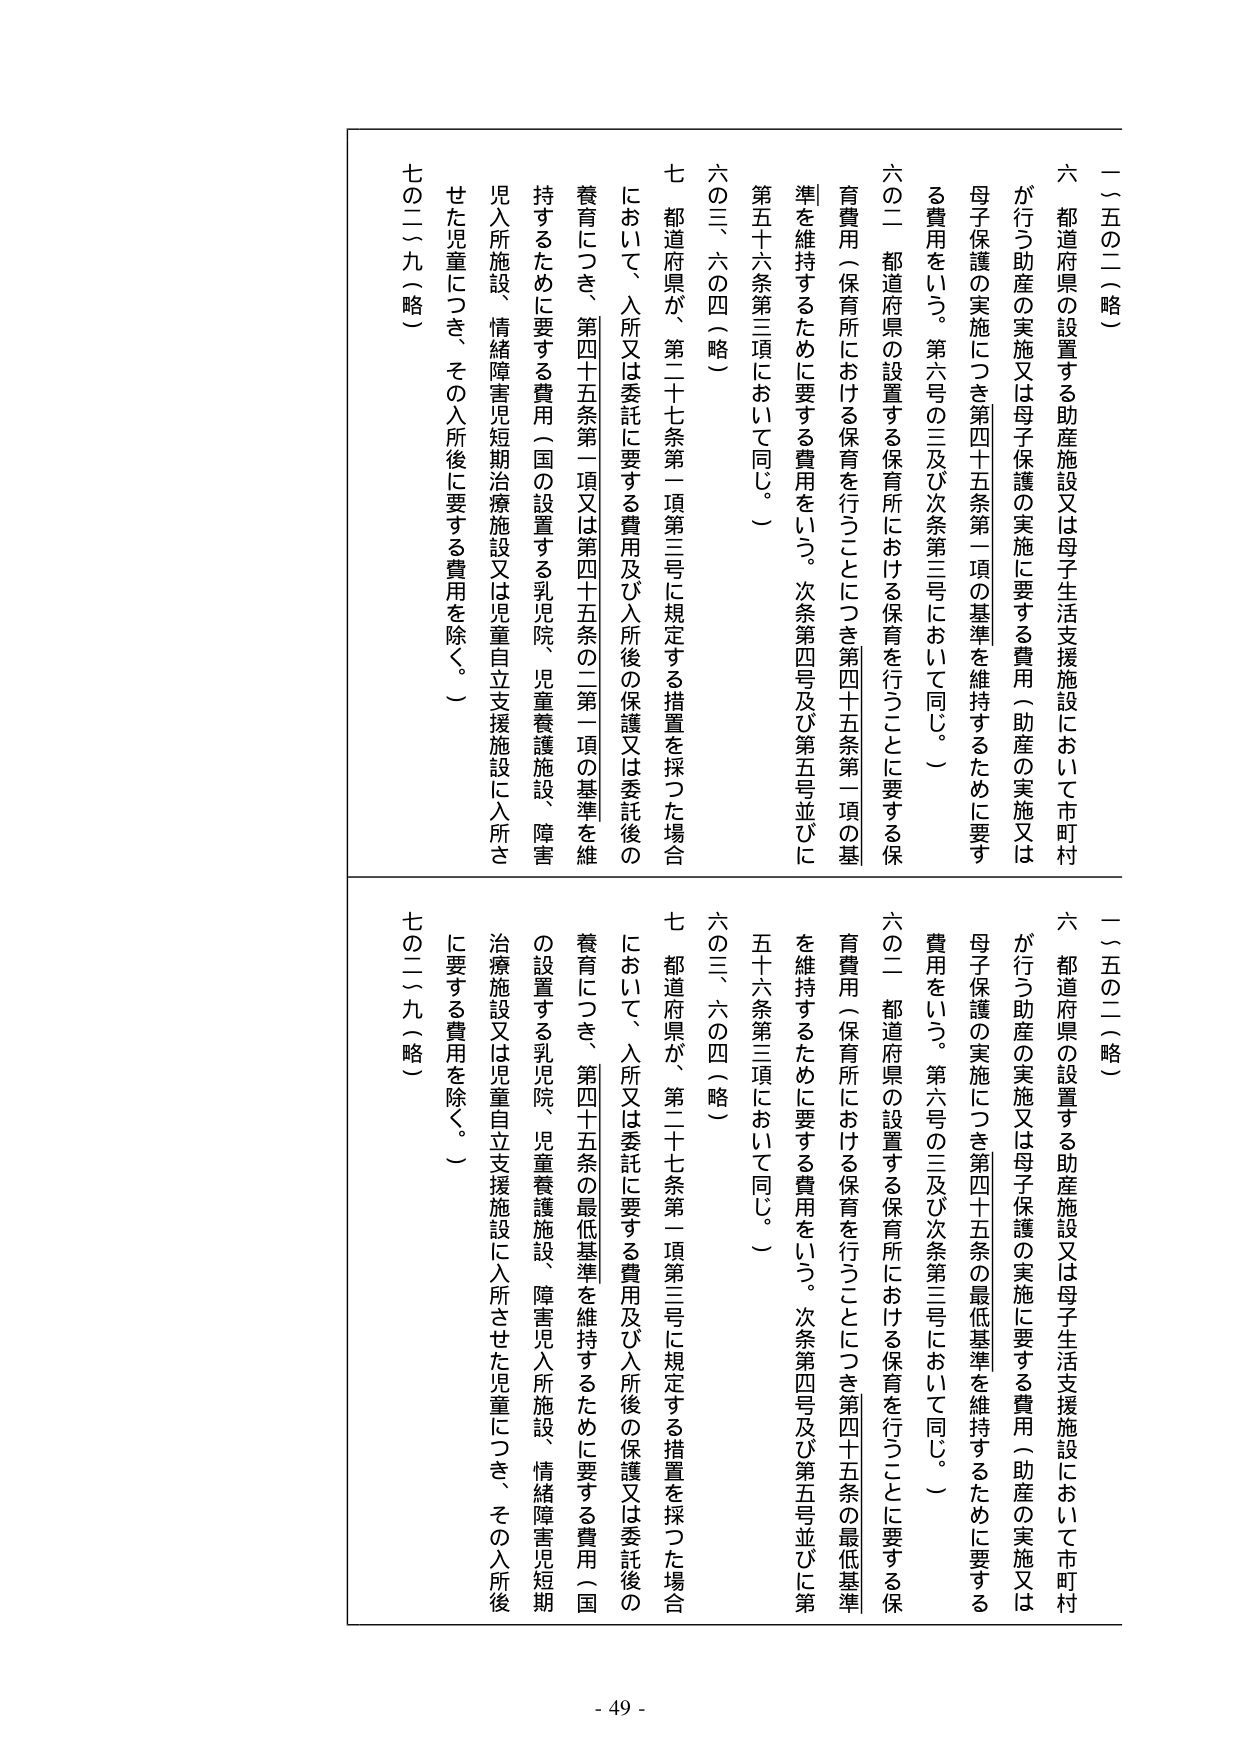
一（五の二）（略）

六 都道府県の設置する助産施設又は母子生活支援施設において市町村が行う助産の実施又は母子保護の実施に要する費用（助産の実施又は母子保護の実施につき第四十五条第一項の基準を維持するために要する費用をいう。第六号の三及び次条第三号において同じ。）

六の二 都道府県の設置する保育所における保育を行うことに要する保育費用（保育所における保育を行うことにつき第四十五条第一項の基準を維持するために要する費用をいう。次条第四号及び第五号並びに第五十六条第三項において同じ。）

六の三、六の四（略）

七 都道府県が、第二十七条第一項第三号に規定する措置を採った場合において、入所又は委託に要する費用及び入所後の保護又は委託後の養育につき、第四十五条第一項又は第四十五条の二第一項の基準を維持するために要する費用（国の設置する乳児院、児童養護施設、障害児入所施設、情緒障害児短期治療施設又は児童自立支援施設に入所させた児童につき、その入所後に要する費用を除く。）

七の二（九）（略）

一（五の二）（略）

六 都道府県の設置する助産施設又は母子生活支援施設において市町村が行う助産の実施又は母子保護の実施に要する費用（助産の実施又は母子保護の実施につき第四十五条の最低基準を維持するために要する費用をいう。第六号の三及び次条第三号において同じ。）

六の二 都道府県の設置する保育所における保育を行うことに要する保育費用（保育所における保育を行うことにつき第四十五条の最低基準を維持するために要する費用をいう。次条第四号及び第五号並びに第五十六条第三項において同じ。）

六の三、六の四（略）

七 都道府県が、第二十七条第一項第三号に規定する措置を採った場合において、入所又は委託に要する費用及び入所後の保護又は委託後の養育につき、第四十五条の最低基準を維持するために要する費用（国の設置する乳児院、児童養護施設、障害児入所施設、情緒障害児短期治療施設又は児童自立支援施設に入所させた児童につき、その入所後に要する費用を除く。）

七の二（九）（略）

- 49 -